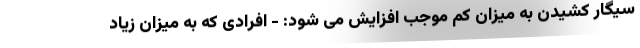
سیگار کشیدن به میزان کم موجب افزایش می شود: - افرادی که به میزان زیاد